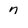
Character: 7